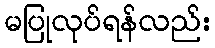
မပြုလုပ်ရန်လည်း